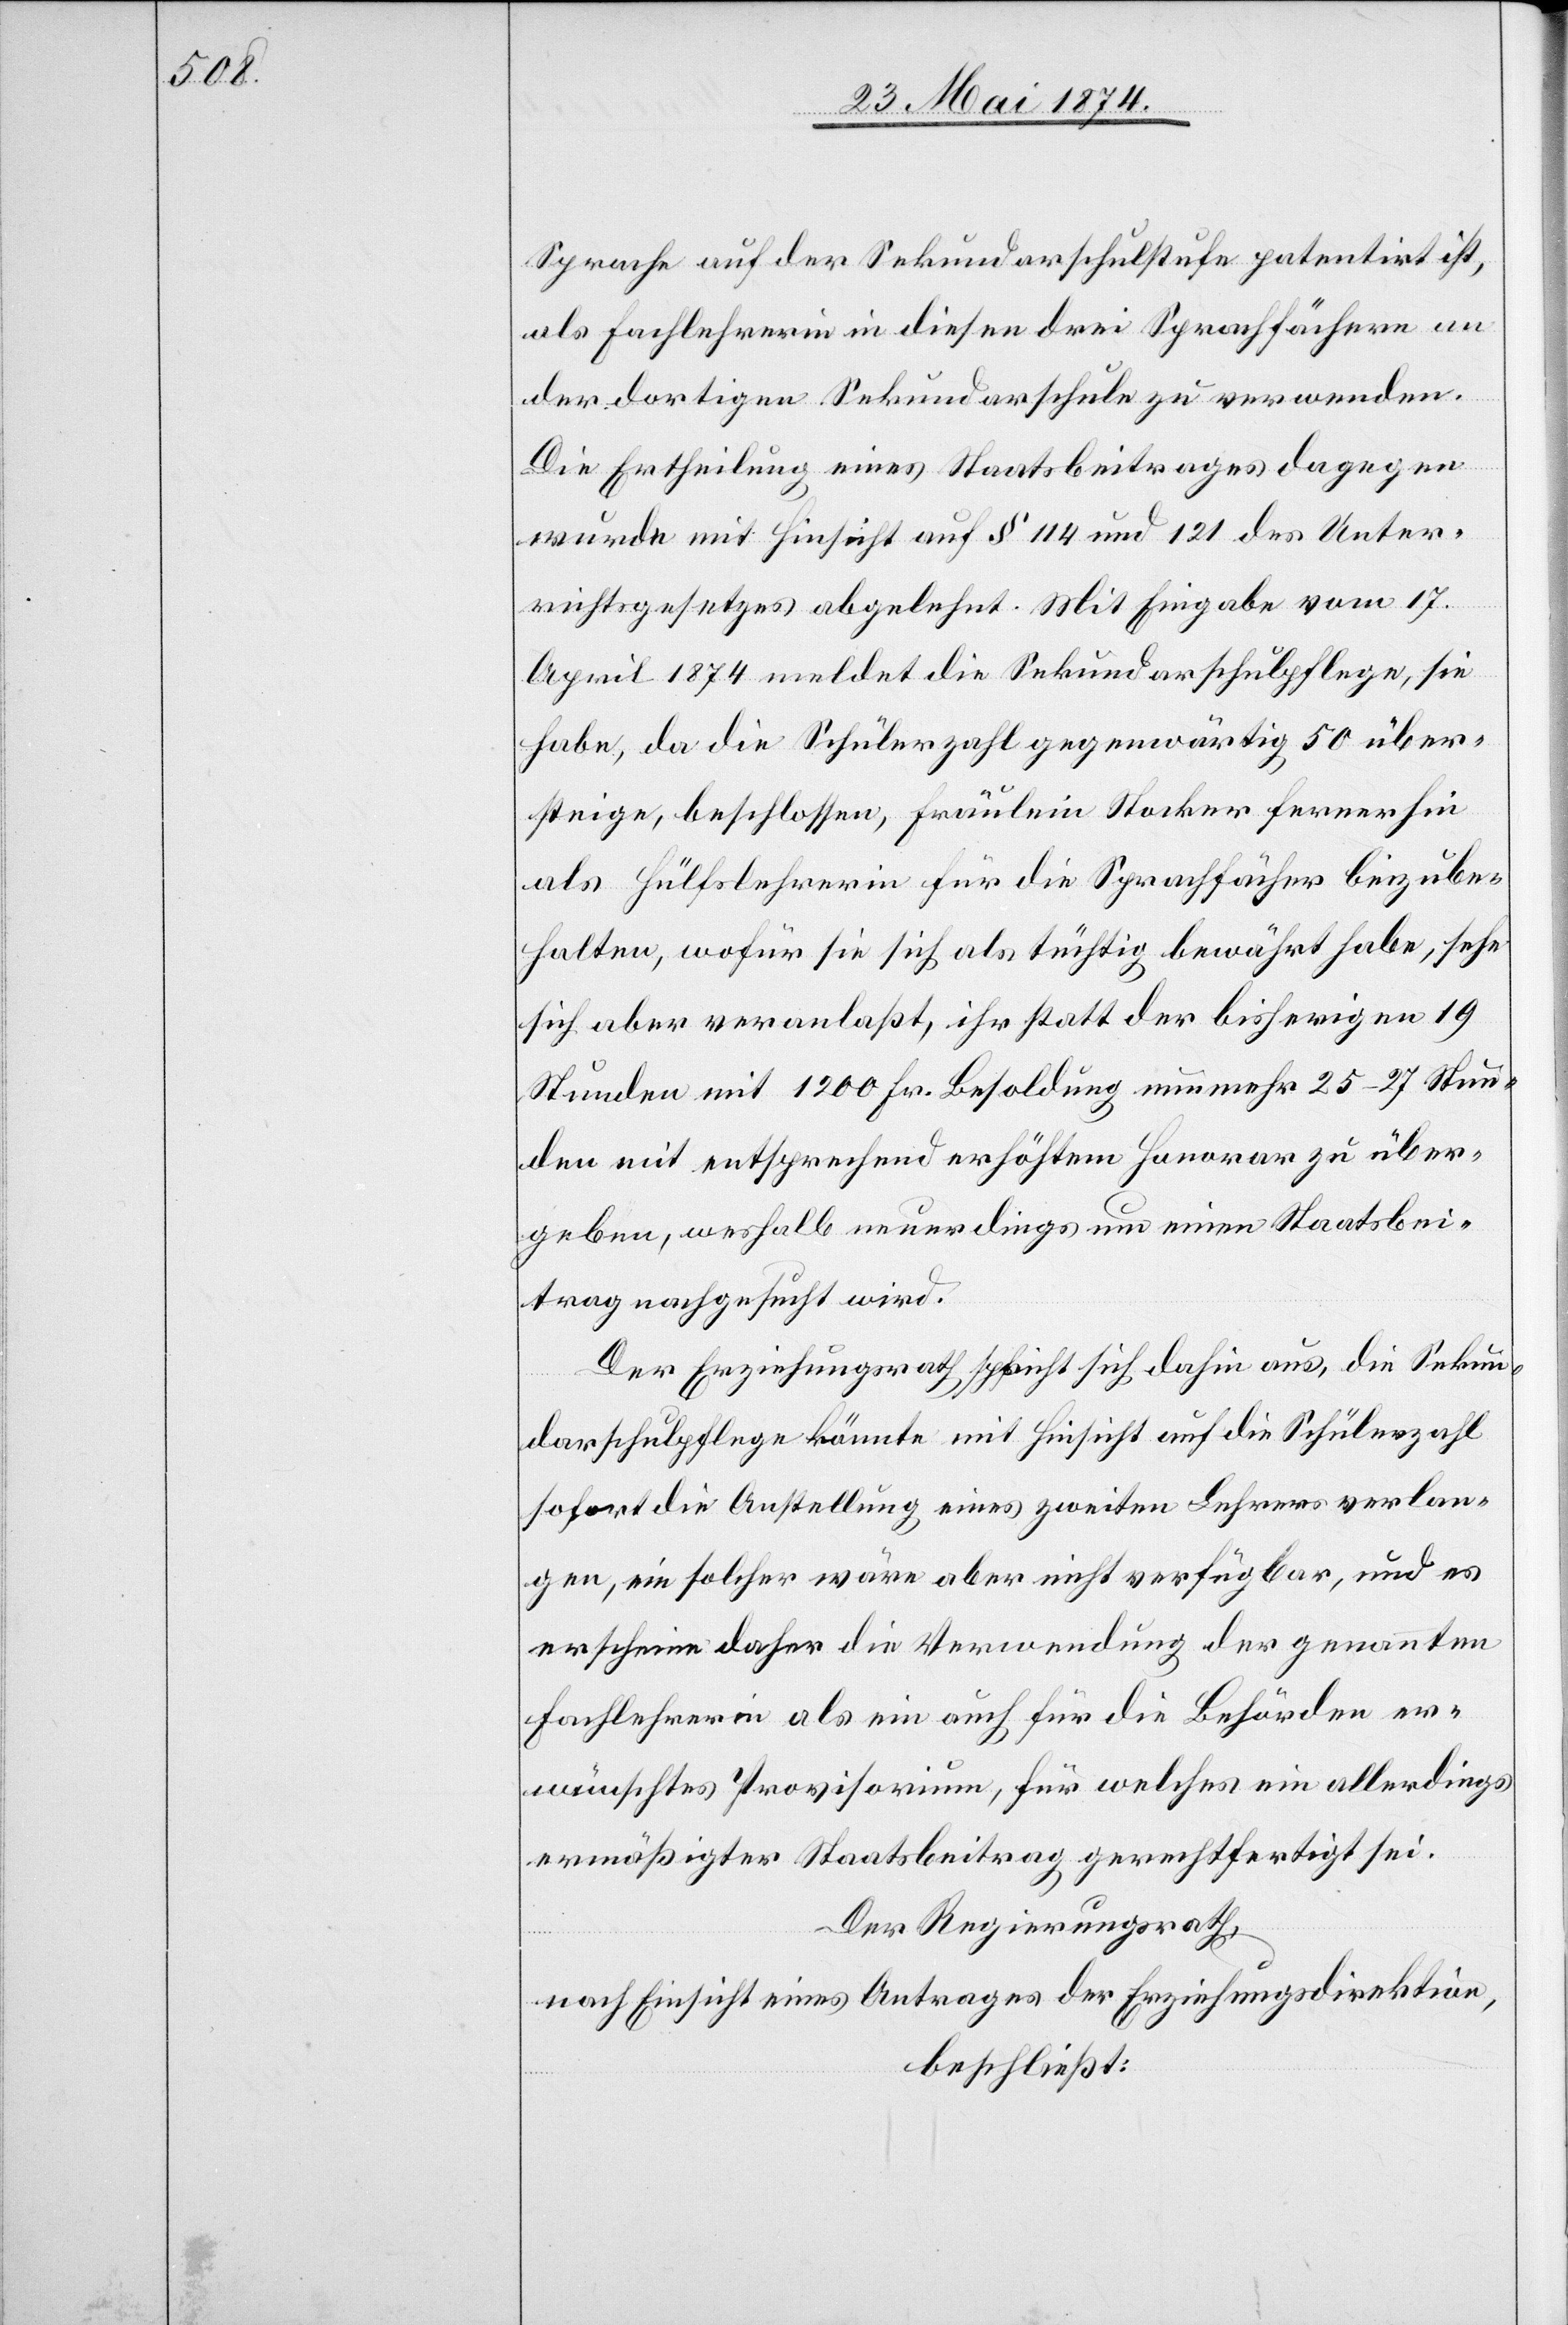
Sprache auf der Sekundarschulstufe patentirt ist,
als Fachlehrerin in diesen drei Sprachfächern an
der dortigen Sekundarschule zu verwenden.
Die Ertheilung eines Staatsbeitrages dagegen
wurde mit Hinsicht auf § 114 und 121 des Unter¬
richtsgesetzes abgelehnt. Mit Eingabe vom 17.
April 1874 meldet die Sekundarschulpflege, sie
habe, da die Schülerzahl gegenwärtig 50 über¬
steige, beschlossen, Fräulein Stocker ferner hin
als Hülfslehrerin für die Sprachfächer beizube¬
halten, wofür sie sich als tüchtig bewährt habe, sehe
sich aber veranlaßt, ihr statt der bisherigen 19
Stunden mit 1200 Fr. Besoldung nunmehr 25–27 Stun¬
den mit entsprechend erhöhtem Honorar zu über¬
geben, weshalb neuerdings um einen Staatsbei¬
trag nachgesucht wird.
Der Erziehungsrath spricht sich dahin aus, die Sekun¬
darschulpflege könnte mit Hinsicht auf die Schülerzahl
sofort die Anstellung eines zweiten Lehrers verlan¬
gen, ein solcher wäre aber nicht verfügbar, und es
erscheine daher die Verwendung der genannten
Fachlehrerin als ein auch für die Behörden er¬
wünschtes Provisorium, für welches ein allerdings
ermäßigter Staatsbeitrag gerechtfertigt sei.
Der Regierungsrath,
nach Einsicht eines Antrages der Erziehungsdirektion,
beschließt: